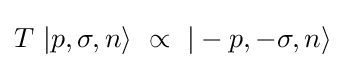
T\ |p,\sigma ,n\rangle \ \propto \ |-p,-\sigma ,n\rangle